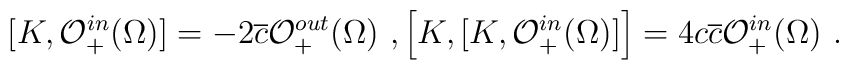
[K,\mathcal{O}^{in}_+(\Omega)]=-2\overline{c}\mathcal{O}_+^{out}(\Omega) \ , \left[K,[K,\mathcal{O}_+^{in}(\Omega)]\right]=4c\overline{c}\mathcal{O}_+^{in}(\Omega) \ .